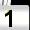
Digit: 1